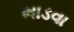
ભાડવા